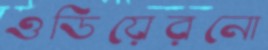
ওডিয়েরনো